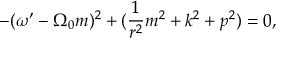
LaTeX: - ( \omega ^ { \prime } - \Omega _ { 0 } m ) ^ { 2 } + ( \frac { 1 } { r ^ { 2 } } m ^ { 2 } + k ^ { 2 } + p ^ { 2 } ) = 0 ,